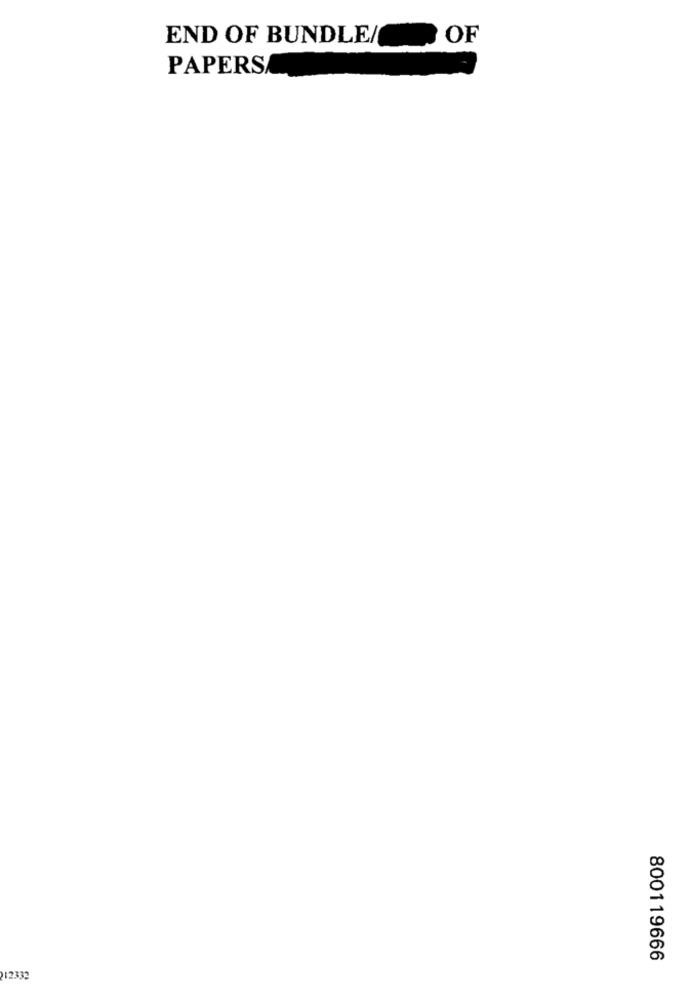
END OF BUNDLE/
OF
PAPERS
800119666
212332